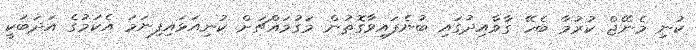
ކުނި މެނޭޖް ކުރުމާ ބެހޭ ގާވާއިދުގައި ބުނެފައިވާގޮތުން މަގުމައްޗަށް ކުނިއަޅައިފިނަމަ އެކަމުގެ އަދަބަކީ